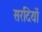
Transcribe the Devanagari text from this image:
सरदियों